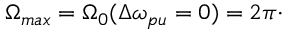
\Omega _ { m a x } = \Omega _ { 0 } ( \Delta \omega _ { p u } = 0 ) = 2 \pi \cdot